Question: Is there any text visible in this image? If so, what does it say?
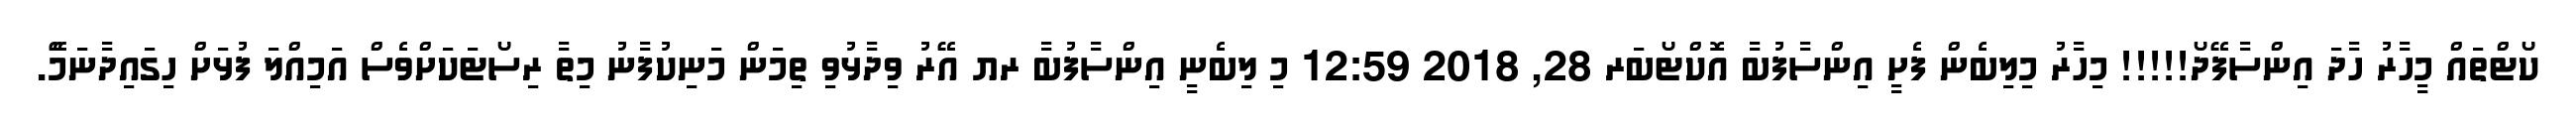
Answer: ކޯޓްތައް މީހާރު ހާދަ އިންސާފޭދޯ!!!!! މިހާރު މިލިބެން ފެށީ އިންސާފުބާ އޮކްޓޯބަރ 28, 2018 12:59 މި ލިބެނީ އިންސާފުބާ ރޔ އޭރު ވިދާޅުވި ތިމަން މަނިކުފާނު މިތާ ރިސޯޓަކަށްވެސް އަމިއްލަ ފުޅަށް ހިގައިދާނަމެޭ.